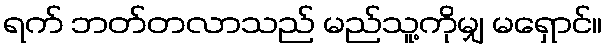
ရက် ဘတ်တလာသည် မည်သူ့ကိုမျှ မရှောင်။